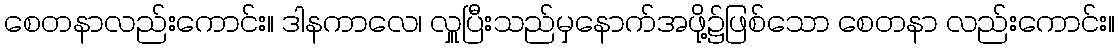
စေတနာလည်းကောင်း။ ဒါနကာလေ၊ လှူပြီးသည်မှနောက်အဖို့၌ဖြစ်သော စေတနာ လည်းကောင်း။